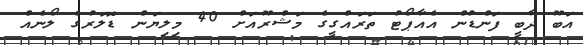
އަބޫ ދާބީ ފަންޑުން އެއާޕޯޓު ތަރައްގީގެ މަޝްރޫއަށް 40 މިލިޔަން ޑޮލަރުގެ ލޯނެއް